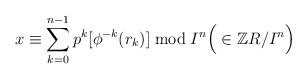
LaTeX: \begin{align*}x\equiv\sum_{k=0}^{n-1}p^k[\phi^{-k}(r_k)] \bmod I^n \Big(\in \mathbb{Z}R/ I^n\Big)\end{align*}